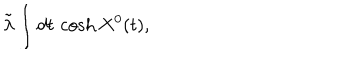
\tilde { \lambda } \int d t \, \cosh X ^ { 0 } ( t ) ,